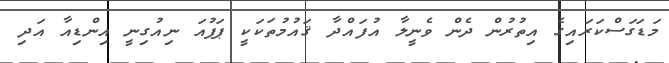
މަޑަގަސްކަރައިގެ އިތުރުން ދެން ވެނީލާ އުފައްދާ ޤައުމުތަކަކީ ޕަޕުއަ ނިއުގިނީ އިންޑިއާ އަދި